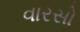
વારસો